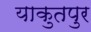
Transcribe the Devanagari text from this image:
याकुतपुर